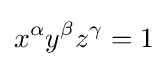
x^{\alpha }y^{\beta }z^{\gamma }=1